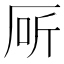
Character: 厛